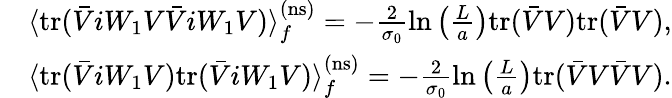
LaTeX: \begin{array}{rl}&{\langle\mathrm{tr}(\bar{V}iW_{1}V\bar{V}iW_{1}V)\rangle_{f}^{\mathrm{(ns)}}=-\frac{2}{\sigma_{0}}\ln\left(\frac{L}{a}\right)\mathrm{tr}(\bar{V}V)\mathrm{tr}(\bar{V}V),}\\ &{\langle\mathrm{tr}(\bar{V}iW_{1}V)\mathrm{tr}(\bar{V}iW_{1}V)\rangle_{f}^{\mathrm{(ns)}}=-\frac{2}{\sigma_{0}}\ln\left(\frac{L}{a}\right)\mathrm{tr}(\bar{V}V\bar{V}V).}\end{array}